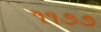
૧૧૭૭